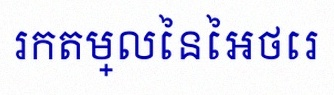
រកតម្លៃនៃអថេរ